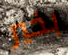
بخير